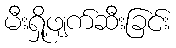
မီးရှို့ဖျက်ဆီးခြင်း